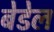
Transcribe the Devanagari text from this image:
बेडेल